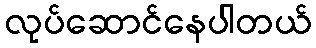
လုပ်ဆောင်နေပါတယ်